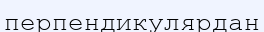
перпендикулярдан